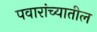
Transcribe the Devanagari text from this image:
पवारांच्यातील